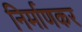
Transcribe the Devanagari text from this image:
निर्माणकर